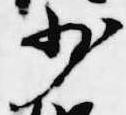
少